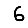
Digit: 6